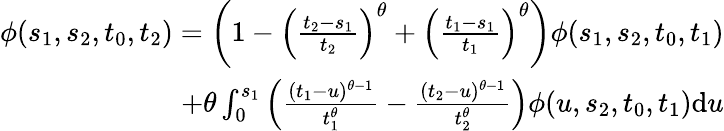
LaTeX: \begin{array}{r}{\phi(s_{1},s_{2},t_{0},t_{2})=\left(1-\left(\frac{t_{2}-s_{1}}{t_{2}}\right)^{\theta}+\left(\frac{t_{1}-s_{1}}{t_{1}}\right)^{\theta}\right)\phi(s_{1},s_{2},t_{0},t_{1})}\\ {+\theta\int_{0}^{s_{1}}\left(\frac{(t_{1}-u)^{\theta-1}}{t_{1}^{\theta}}-\frac{(t_{2}-u)^{\theta-1}}{t_{2}^{\theta}}\right)\phi(u,s_{2},t_{0},t_{1})\mathrm{d}u}\end{array}